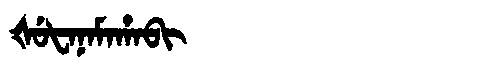
Manchu: ᡧᡠᡶᠠᠨᠠᠮᠠᡥᠠᠪᡳ
Romanization: ŠUFANAMAHABI